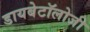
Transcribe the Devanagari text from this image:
डायबेटॉलोजी